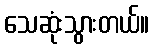
သေဆုံးသွားတယ်။